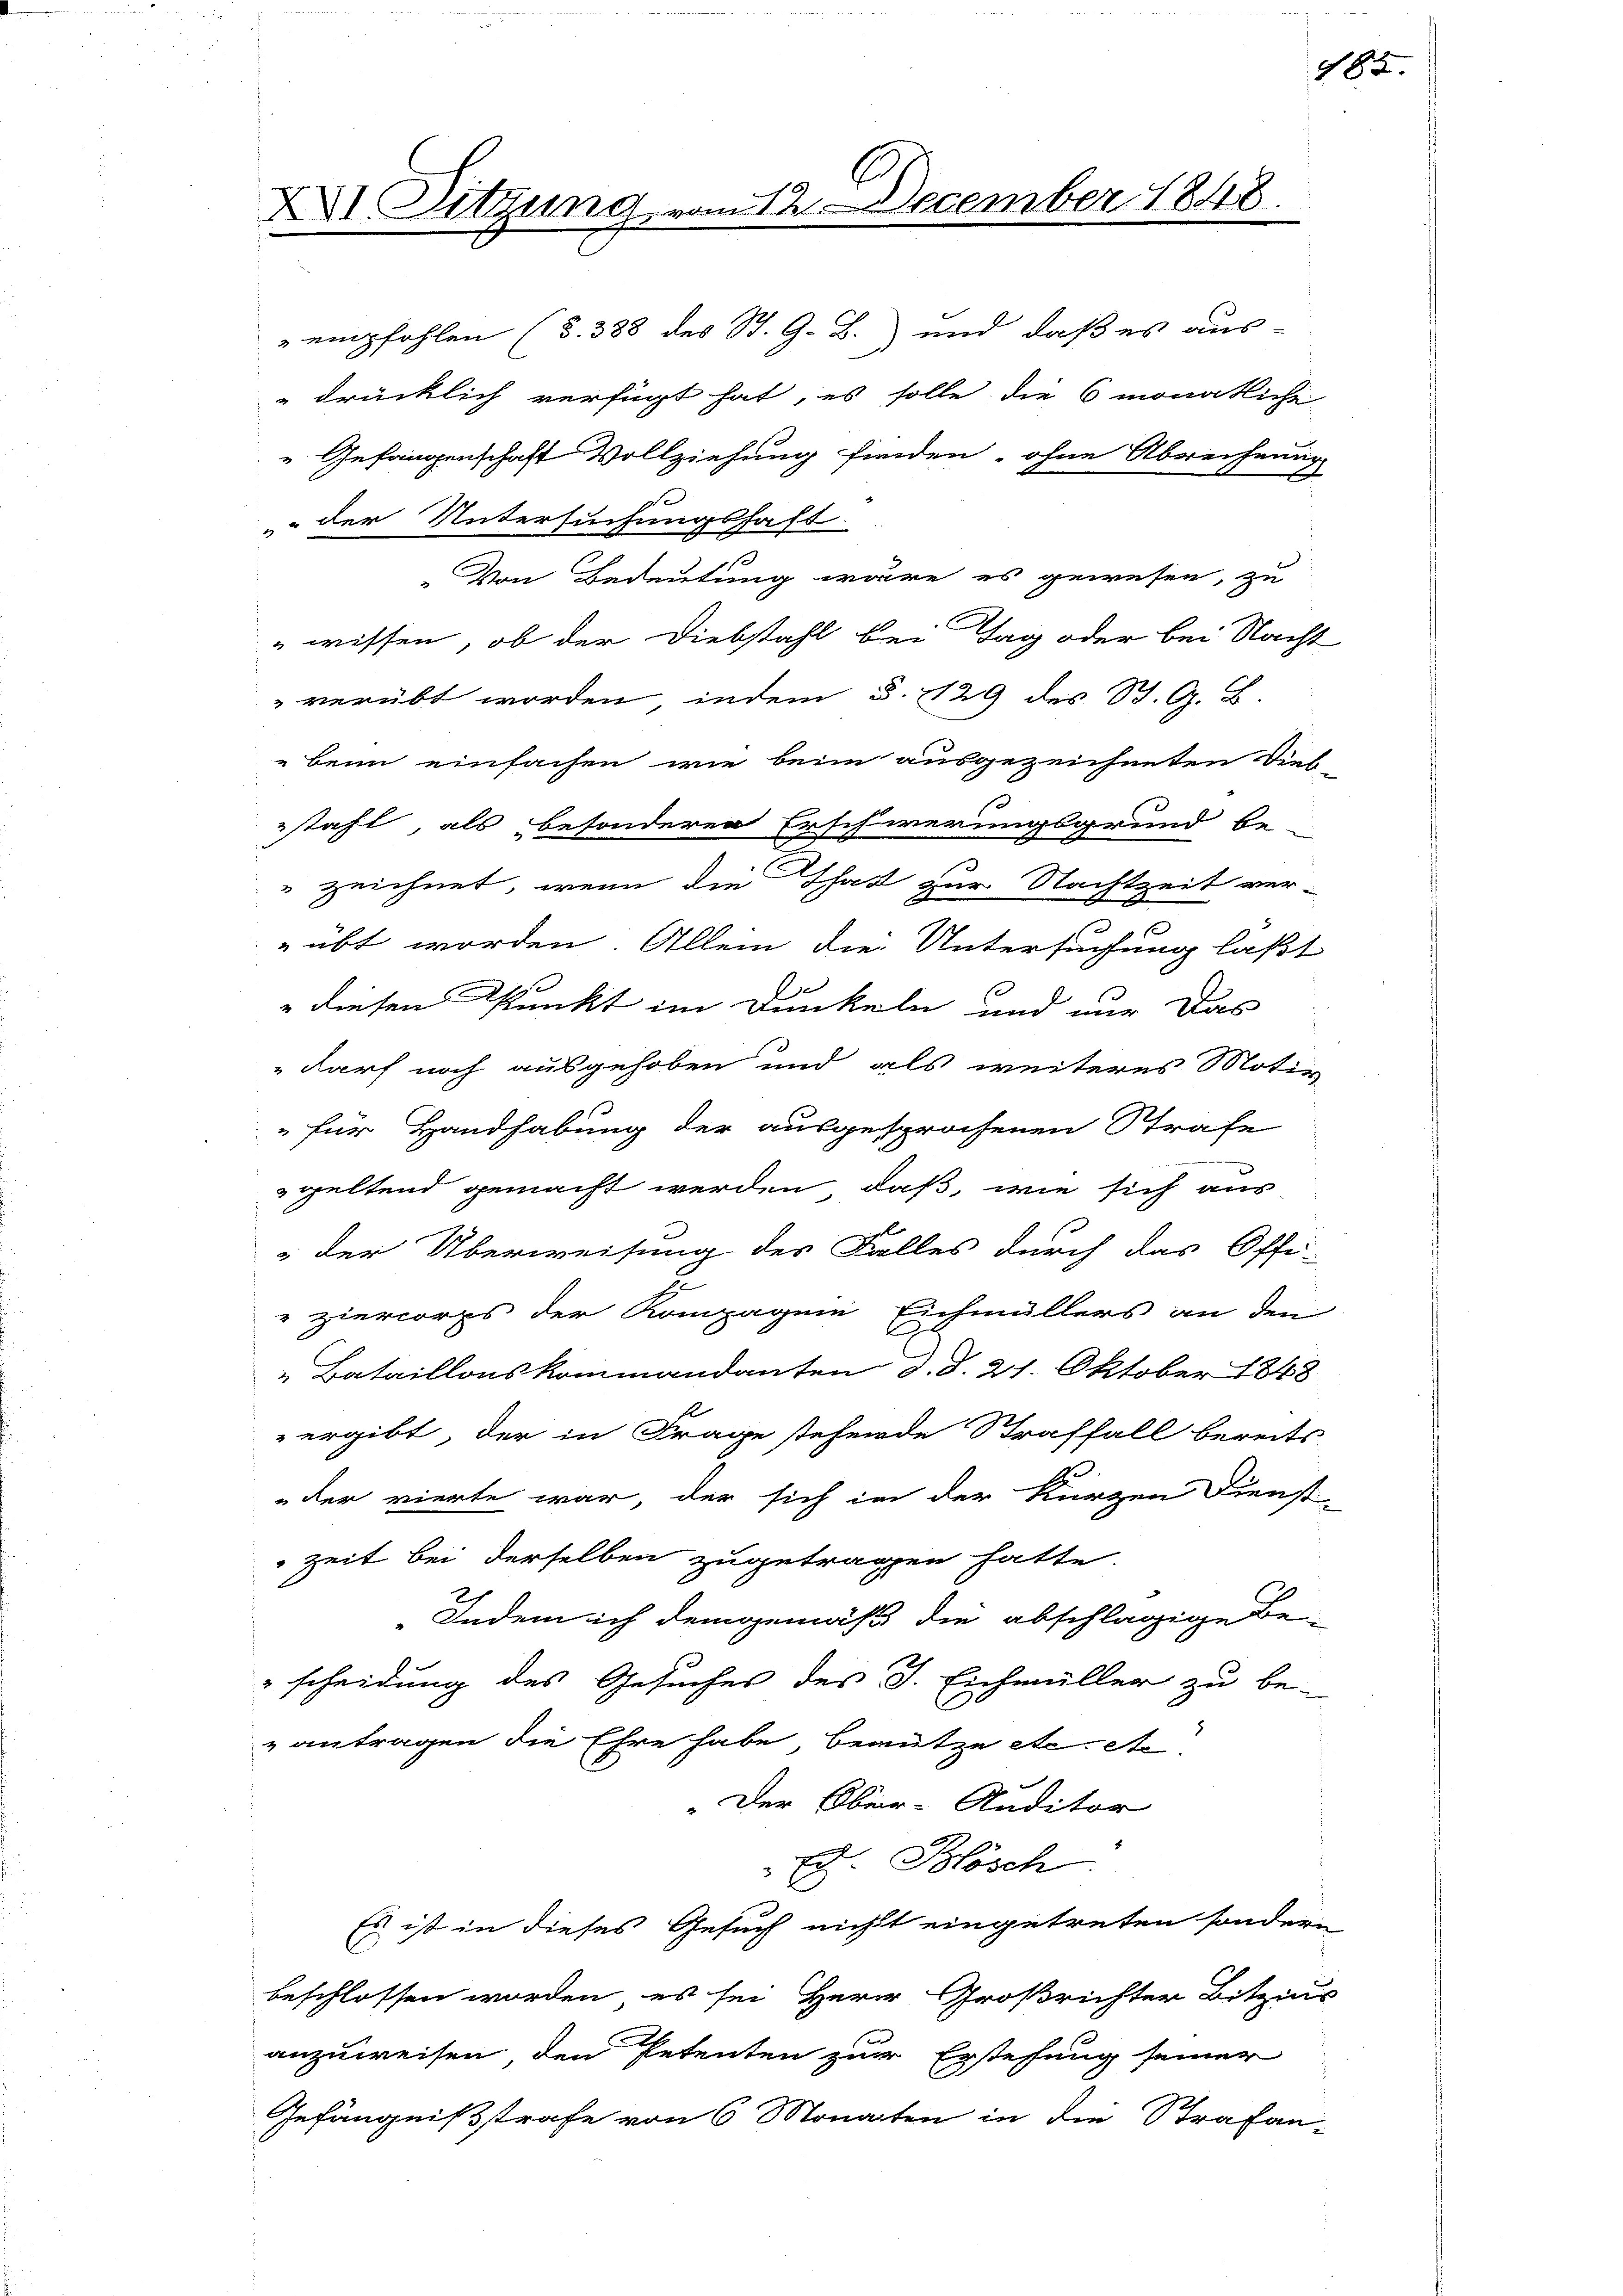
XVI. Sitzung vom 12. December 1848.

empfohlen (§. 388 des St. G. B.) und daß es aus-
drücklich verfügt hat, es solle die 6 monatliche
" Gefangenschaft Vollziehung finden, ohne Abrechnung
" der Untersuchungshast.
„Von Bedeutung wäre es gewesen, zu
wissen, ob der Diebstahl bei Tag oder bei Nacht
verübt worden, indem §. 129 des St. G. B.
"bei einfachen wie beim ausgezeichneten Sieb
stahl, als besonderen Erschwerungsgrund be-
zeichnet, wenn die Thatt zur Nachtzeit ver-
 übt worden. Allein die Untersuchung laßt
f
" diesen Punkt im Dunkeln und nur das
„darf noch ausgehoben und als weiteres Motiv
" für Handhabung der ausgesprochenen Strafe
geltend gemacht werden, daß, wie sich aus
 der Überweisung des Falles durch das Offi-
ziercorps der Kompagnie Eichmüllers an den
„Bataillonskommandanten d. d. 21. Oktober 1848
ergibt, der in Frage stehende Straffall bereits
der vierte war, der sich in der kurzen Dienst-
Zeit bei derselben zugetragen hatte.
Indem ich demgemäß die abschlägige Be-
scheidung des Gesuches des J. Eichmüller zu be-
antragen die Ehre habe, benutze etc. A
Der Ober-Auditor
 Ed. Blösch
Es ist in dieses Gesuch nicht eingetreten sondern
beschlossen worden, es sei Herr Großrichter Bitzins
anzuweisen den Petenten zur Erstehung seiner
Gefängnißstrafe von 6 Monaten in die Strafan-

188.